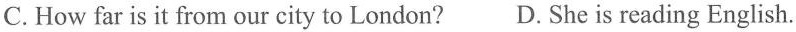
C.How far is it from our city to London? D.She is reading English.